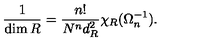
{ \frac { 1 } { \dim R } } = { \frac { n ! } { N ^ { n } d _ { R } ^ { 2 } } } \chi _ { R } ( \Omega _ { n } ^ { - 1 } ) .